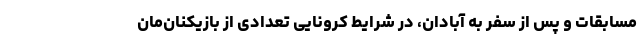
مسابقات و پس از سفر به آبادان، در شرایط کرونایی تعدادی از بازیکنان‌مان